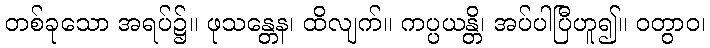
တစ်ခုသော အရပ်၌။ ဖုသန္တေန၊ ထိလျက်။ ကပ္ပယန္တိ၊ အပ်ပါပြီဟူ၍။ ဝတွာဝ၊